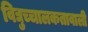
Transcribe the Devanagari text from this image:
विद्युच्चालकतावाली